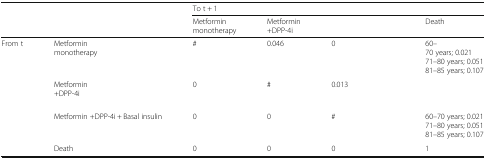
<table><thead><tr><td>[EMPTY_CELL]</td><td>[EMPTY_CELL]</td><td colspan="4"><b>To t + 1</b></td></tr><tr><td>[EMPTY_CELL]</td><td>[EMPTY_CELL]</td><td><b>Metformin monotherapy</b></td><td><b>Metformin +DPP-4i</b></td><td>[EMPTY_CELL]</td><td><b>Death</b></td></tr></thead><tbody><tr><td>From t</td><td>Metformin monotherapy</td><td>#</td><td>0.046</td><td>0</td><td>60–70 years; 0.02171–80 years; 0.05181–85 years; 0.107</td></tr><tr><td>[EMPTY_CELL]</td><td>Metformin +DPP-4i</td><td>0</td><td>#</td><td>0.013</td><td>[EMPTY_CELL]</td></tr><tr><td>[EMPTY_CELL]</td><td>Metformin +DPP-4i + Basal insulin</td><td>0</td><td>0</td><td>#</td><td>60–70 years; 0.02171–80 years; 0.05181–85 years; 0.107</td></tr><tr><td>[EMPTY_CELL]</td><td>Death</td><td>0</td><td>0</td><td>0</td><td>1</td></tr></tbody></table>